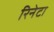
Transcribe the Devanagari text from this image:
रिनेटा